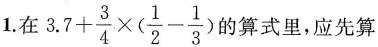
1.在$$3.7+\frac{3}{4}\times (\frac{1}{2}-\frac{1}{3})$$的算式里。应先算